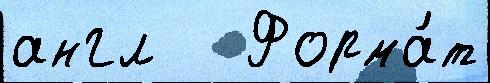
англ   Форма́т